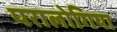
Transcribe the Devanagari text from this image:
परालोगिया